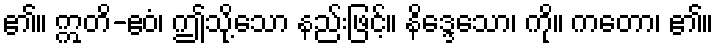
၏။ ဣတိ-ဧဝံ၊ ဤသို့သော နည်းဖြင့်။ နိဒ္ဒေသော၊ ကို။ ကတော၊ ၏။